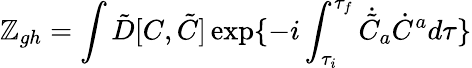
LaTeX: \mathbb{Z}_{gh}=\int\tilde{{D}}[C,\tilde{{C}}]\exp\{ -i\int_{\tau_{i}}^{\tau_{f}}{}\dot{{\tilde{{C}}}}_{a}\dot{{C}}^{a}{}d\tau\}